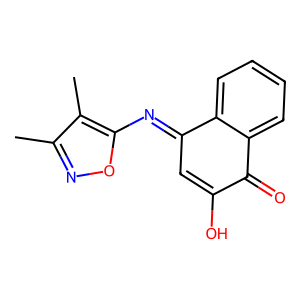
SMILES: Cc1noc(N=C2C=C(O)C(=O)c3ccccc32)c1C
Inhibits HIV replication: No